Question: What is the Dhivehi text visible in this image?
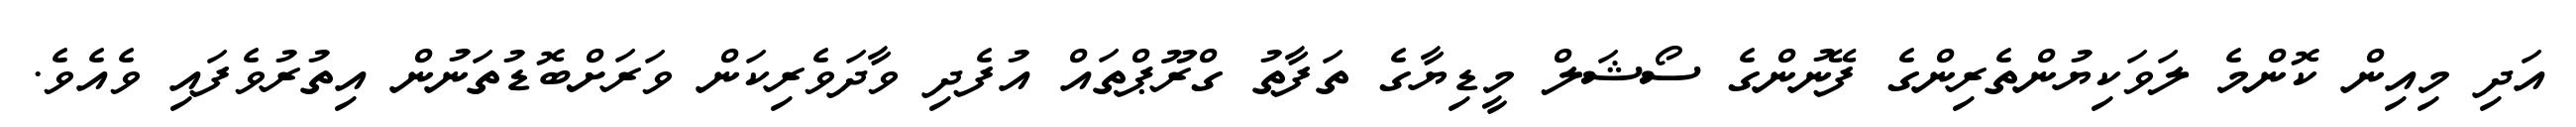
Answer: އަދި މިއިން ކޮންމެ ލަވަކިޔުންތެރިންގެ ފޭނުންގެ ސޯޝަލް މީޑިޔާގެ ތަފާތު ގްރޫޕްތައް އުފެދި ވާދަވެރިކަން ވަރަށްބޮޑުތަނުން އިތުރުވެފައި ވެއެވެ.